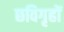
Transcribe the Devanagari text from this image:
छविगृहों